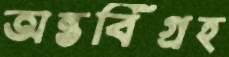
অন্তর্বিগ্রহ